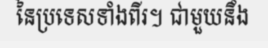
នៃប្រទេសទាំងពីរ។ ជាមួយនឹង